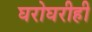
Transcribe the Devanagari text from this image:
घरोघरीही